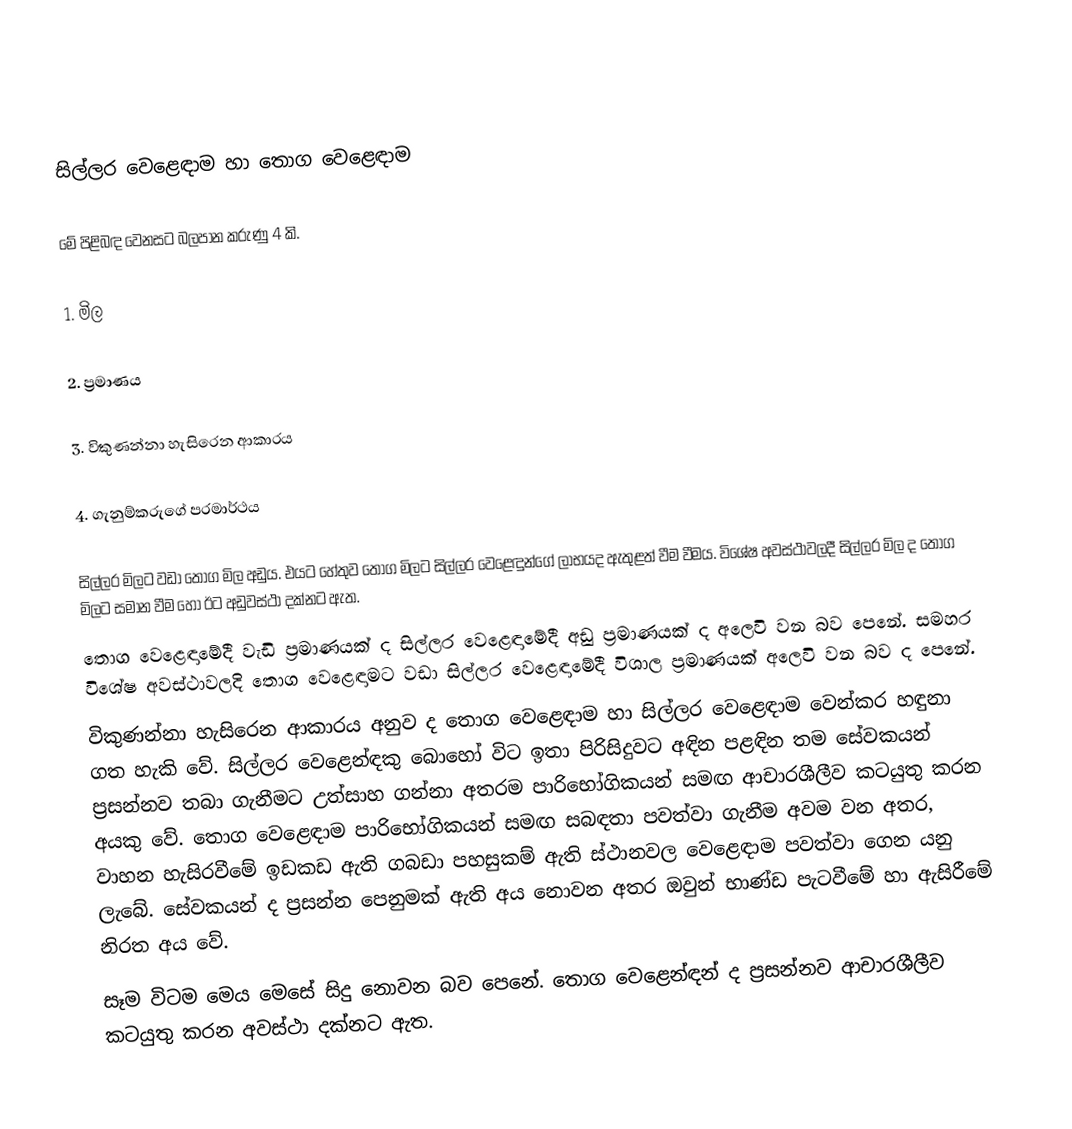

සිල්ලර වෙළෙඳාම හා තොග වෙළෙඳාම

මේ පිළිබඳ වෙනසට බලපාන කරුණු 4 කි.

1.	මිල

2.	ප්‍රමාණය

3.	විකුණන්නා හැසිරෙන ආකාරය

4.	ගැනුම්කරුගේ පරමාර්ථය

සිල්ලර මිලට වඩා තොග මිල අඩුය. එයට හේතුව තොග මිලට සිල්ලර වෙළෙඳුන්ගේ ලාභයද ඇතුළත් වීම වීමය. විශේෂ අවස්ථාවලදී සිල්ලර මිල ද තොග මිලට සමාන වීම හෝ ඊට අඩුවස්ථා දක්නට ඇත.
තොග වෙළෙඳාමේදී වැඩි ප්‍රමාණයක් ද සිල්ලර වෙළෙඳාමේදී අඩු ප්‍රමාණයක් ද අලෙවි වන බව පෙනේ. සමහර විශේෂ අවස්ථාවලදි තොග වෙළෙඳාමට වඩා සිල්ලර වෙළෙඳාමේදී විශාල ප්‍රමාණයක් අලෙවි වන බව ද පෙනේ.
විකුණන්නා හැසිරෙන ආකාරය අනුව ද තොග වෙළෙඳාම හා සිල්ලර වෙළෙඳාම වෙන්කර හඳුනා ගත හැකි වේ. සිල්ලර වෙළෙන්ඳකු බොහෝ විට ඉතා පිරිසිදුවට අඳින පළඳින තම සේවකයන් ප්‍රසන්නව තබා ගැනීමට උත්සාහ ගන්නා අතරම පාරිභෝගිකයන් සමඟ ආචාරශීලීව කටයුතු කරන අයකු වේ. තොග වෙළෙඳාම පාරිභෝගිකයන් සමඟ සබඳතා පවත්වා ගැනීම අවම වන අතර, වාහන හැසිරවීමේ ඉඩකඩ ඇති ගබඩා පහසුකම් ඇති ස්ථානවල වෙළෙඳාම පවත්වා ගෙන යනු ලැබේ. සේවකයන් ද ප්‍රසන්න පෙනුමක් ඇති අය නොවන අතර ඔවුන් භාණ්ඩ පැටවීමේ හා ඇසිරීමේ නිරත අය වේ.
සෑම විටම මෙය මෙසේ සිදු නොවන බව පෙනේ. තොග වෙළෙන්ඳන් ද ප්‍රසන්නව ආචාරශීලීව කටයුතු කරන අවස්ථා දක්නට ඇත.